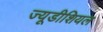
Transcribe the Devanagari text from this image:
ज्यूडीशियल